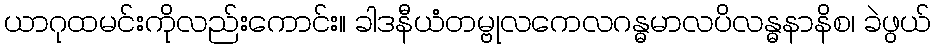
ယာဂုထမင်းကိုလည်းကောင်း။ ခါဒနီယံတမ္ဗုလကေလဂန္ဓမာလပိလန္ဓနာနိစ၊ ခဲဖွယ်